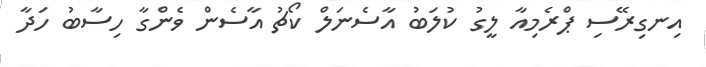
އިނގިރޭސި ޕްރެމިއާ ލީގު ކުލަބު އާސެނަލް ކޯޗު އާސެން ވެންގާ ހިސާބު ހަދާ